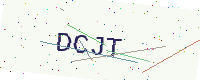
Text: DCJT